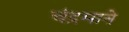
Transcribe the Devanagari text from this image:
चंद्रमाने